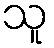
သူ